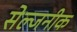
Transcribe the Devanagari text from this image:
सेल्जनीक